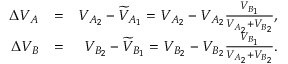
\begin{array} { r l r } { \Delta { V } _ { A } } & { = } & { { V } _ { A _ { 2 } } - \widetilde { V } _ { A _ { 1 } } = { V } _ { A _ { 2 } } - { V } _ { A _ { 2 } } \frac { V _ { B _ { 1 } } } { { V } _ { A _ { 2 } } + { V } _ { B _ { 2 } } } , } \\ { \Delta { V } _ { B } } & { = } & { { V } _ { B _ { 2 } } - \widetilde { V } _ { B _ { 1 } } = { V } _ { B _ { 2 } } - { V } _ { B _ { 2 } } \frac { V _ { B _ { 1 } } } { { V } _ { A _ { 2 } } + { V } _ { B _ { 2 } } } . } \end{array}